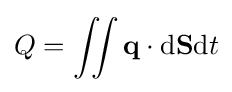
Q=\iint \mathbf {q} \cdot \mathrm {d} \mathbf {S} \mathrm {d} t